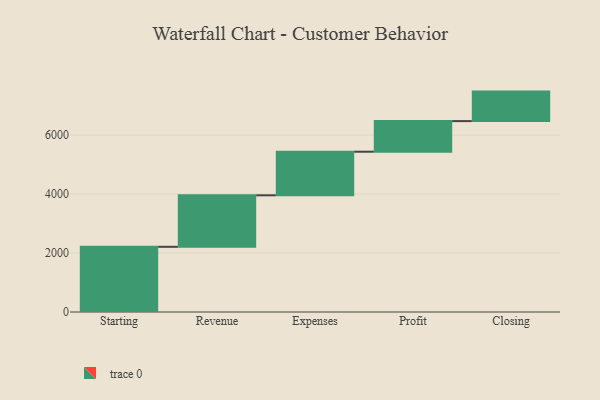
{"axis": {"x": "Step", "y": "Value"}, "legend": [""], "data": [{"x": "Starting", "y": 2210.0, "type": ""}, {"x": "Revenue", "y": 1746.0, "type": ""}, {"x": "Expenses", "y": 1478.0, "type": ""}, {"x": "Profit", "y": 1038.0, "type": ""}, {"x": "Closing", "y": 1000, "type": ""}]}